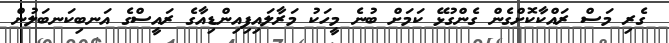
ގެރި މަސް ރައްކާކޮށްގެން ގެންގުޅޭ ކަމަށް ބުނެ މީހަކު މަރާލައިފިއިންޑިއާގެ ރައީސްގެ އަނބިކަނބަލުން